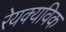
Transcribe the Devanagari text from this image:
रेयक्यविक